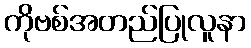
ကိုဗစ်အတည်ပြုလူနာ